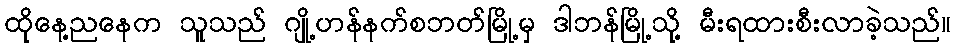
ထိုနေ့ညနေက သူသည် ဂျို့ဟန်နက်စဘတ်မြို့မှ ဒါဘန်မြို့သို့ မီးရထားစီးလာခဲ့သည်။